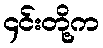
၄င်းတို့က